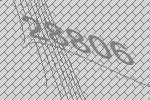
28806